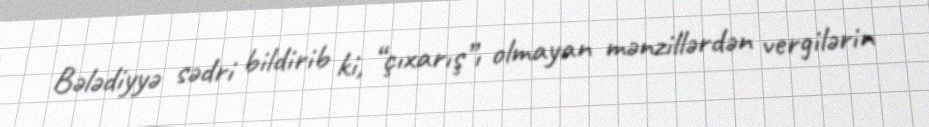
Bələdiyyə sədri bildirib ki, “çıxarış”ı olmayan mənzillərdən vergilərin